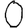
Digit: 0